Annual administration and progress report of the Indian Medical Department, Bombay
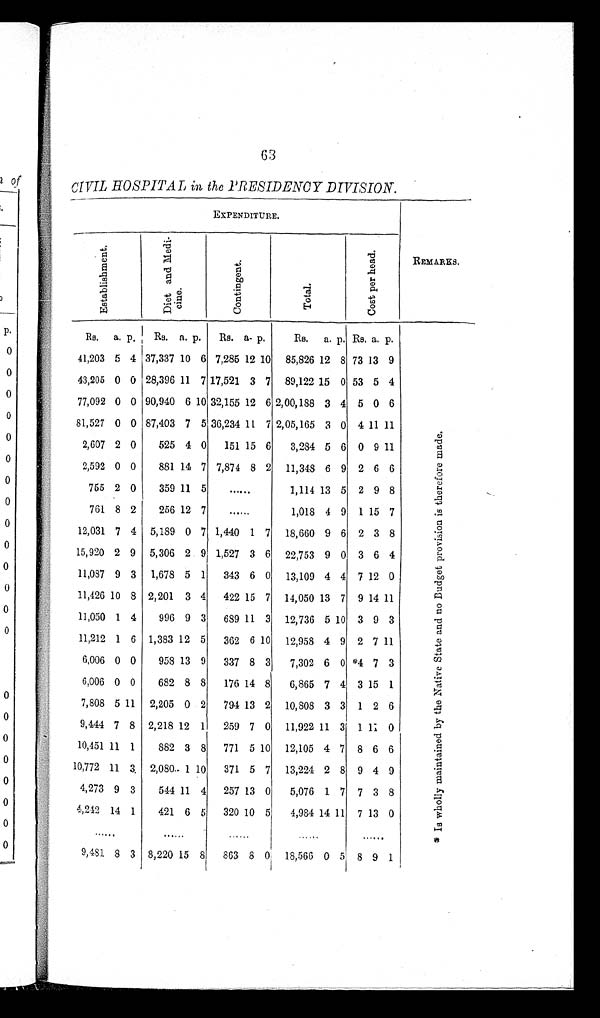
CIVIL HOSPITAL in the PRESIDENCY DIVISION.
EXPENDITURE.
REMARKS.
E s t a b l i s h m e n t .
D i e t a n d M e d i - c i n e .
C o n t i n g e n t .
T o t a l .
C o s t p e r h e a d .
Rs. a. p. Rs. a. p. Rs. a.p.
Rs. a. p. Rs. a. p.
* I s w h o l l y m a i n t a i n e d b y t h e N a t i v e S t a t e a n d n o B u d g e t p r o v i s i o n i s t h e r e f o r e m a d e .
41,203 5 4 37,337 10 6 7,285 12 10 85,826 12 8 73 13 9
43,205 0 0 28,396 11 7 17,521 3 7 89,122 15 0 53 5 4
77,092 0 0 90,940 6 10 32,155 12 6 2,00,188 3 4 5 0 6
81,527 0 0 87,403 7 5 36,234 11 7 2,05,165 3 0 4 11 11
2,607 2 0
525 4 0 151 15 6 3,284 5 6 0 9 11
2,592 0 0
881 14 7 7,874 8 2 11,348 6 9 2 6 6
755 2 0
359 11 5
......
1,114 13 5 2 9 8
761 8 2
256 12 7
......
1,018 4 9 1 15 7
12,031 7 4 5,189 0 7 1,440 1 7 18,660 9 6 2 3 8
15,920 2 9 5,306 2 9 1,527 3 6 22,753 9 0 3 6 4
11,087 9 3 1,678 5 1 343 6 0 13,109 4 4 7 12 0
11,426 10 8 2,201 3 4 422 15 7 14,050 13 7 9 14 11
11,050 1 4
996 9 3 689 11 3 12,736 5 10 3 9 3
11,212 1 6 1,383 12 5 362 6 10 12,958 4 9 2 7 11
6,006 0 0
958 13 9 337 8 3 7,302 6 0 *4 7 3
6,006 0 0
682 8 8 176 14 8 6,865 7 4 3 15 1
7,808 5 11 2,205 0 2 794 13 2 10,808 3 3 1 2 6
9,444 7 8 2,218 12 1 259 7 0 11,922 11 3 1 11 0
10,451 11 1
882 3 8 771 5 10 12,105 4 7 8 6 6
10,772 11 3 2,080 1 10 371 5 7 13,224 2 8 9 4 9
4,273 9 3
544 11 4 257 13 0 5,076 1 7 7 3 8
4,242 14 1
421 6 5 320 10 5 4,984 14 11 7 13 0
......
. . . . . .
. . . . . .
. . . . . .
. . . . . .
9,481 8 3 8,220 15 8
8 6 3 8 0 18,566 0 5 8 9 1